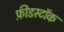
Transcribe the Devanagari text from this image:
फ़ीडस्टॉक